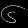
Digit: ၆